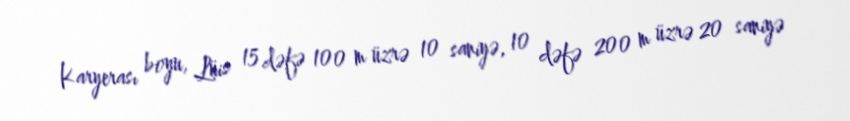
Karyerası boyu, Lüis 15 dəfə 100 m üzrə 10 saniyə, 10 dəfə 200 m üzrə 20 saniyə